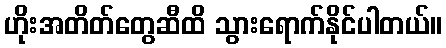
ဟိုးအတိတ်တွေဆီထိ သွားရောက်နိုင်ပါတယ်။